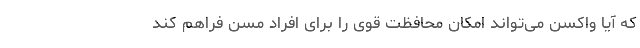
که آیا واکسن می‌تواند امکان محافظت قوی را برای افراد مسن فراهم کند